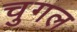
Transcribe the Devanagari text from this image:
चुगल